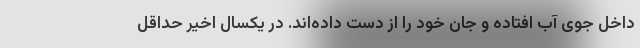
داخل جوی آب افتاده و جان خود را از دست داده‌اند. در یکسال اخیر حداقل